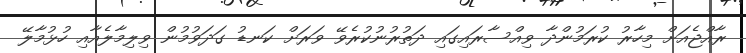
ރާއްޖެއަށް މިހާރު ކުރަމުންދާ ވިއްސާރައިގައި ދަތުރުނުކުރެވޭ ވަރަށް ކަނޑު ގަދަވުމުން ވިލިމާލެއާއި ހުޅުމާލޭ